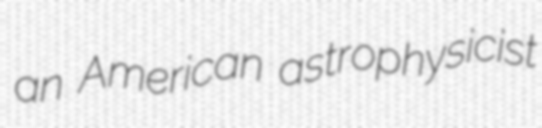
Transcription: an American astrophysicist